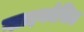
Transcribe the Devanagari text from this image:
ग्लाइकोसिल